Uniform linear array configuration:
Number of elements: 64
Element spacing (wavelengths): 0.25
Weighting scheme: kaiser
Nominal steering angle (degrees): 0
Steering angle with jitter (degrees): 1.894
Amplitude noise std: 0.05
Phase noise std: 0.05

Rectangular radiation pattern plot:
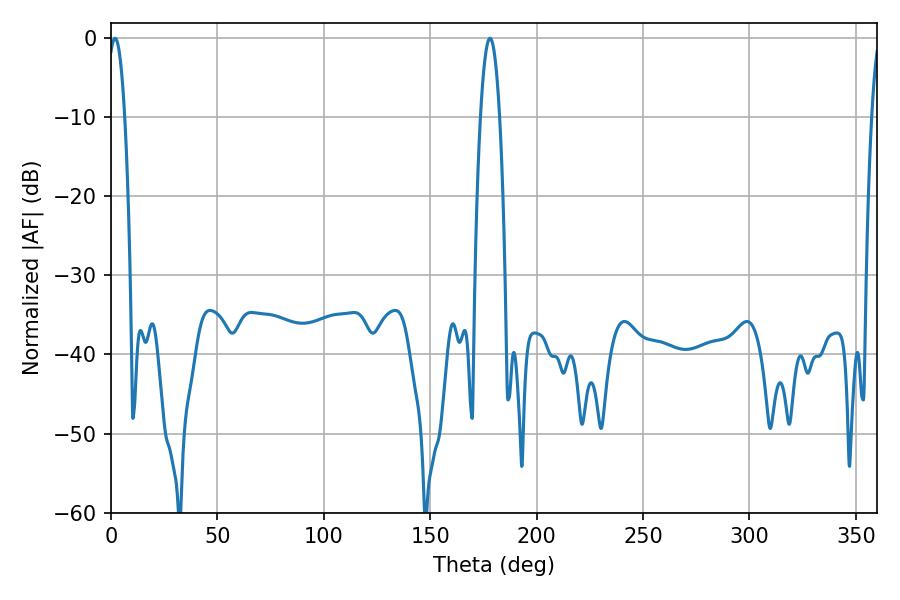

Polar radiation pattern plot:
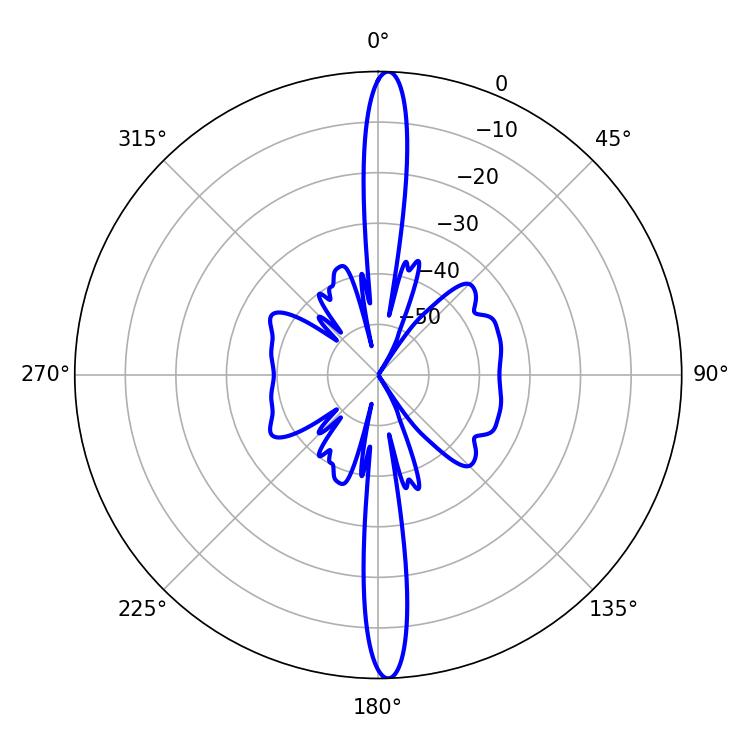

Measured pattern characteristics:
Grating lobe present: FALSE
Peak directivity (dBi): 24.903
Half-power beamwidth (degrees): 4.86
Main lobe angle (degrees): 178.02